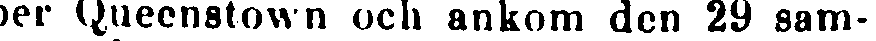
der Queenstown och ankom den 29 sam-